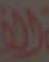
الف